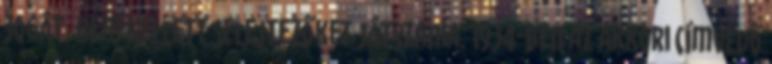
jogát, nem kellett selejtezőket játszania. 1934-ben az akkori címvédő